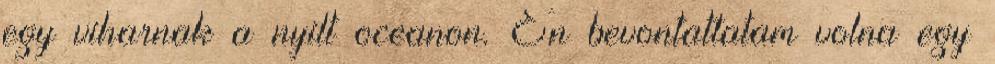
egy viharnak a nyilt oceanon. En bevontattatam volna egy